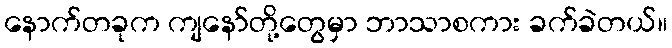
နောက်တခုက ကျနော်တို့တွေမှာ ဘာသာစကား ခက်ခဲတယ်။